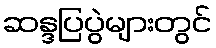
ဆန္ဒပြပွဲများတွင်